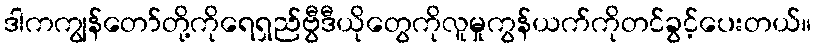
ဒါကကျွန်တော်တို့ကိုရေရှည်ဗွီဒီယိုတွေကိုလူမှုကွန်ယက်ကိုတင်ခွင့်ပေးတယ်။